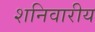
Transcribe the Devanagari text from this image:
शनिवारीय